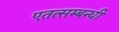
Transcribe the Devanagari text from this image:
एतत्सम्बन्धी